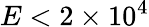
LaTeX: E<2\times 10^{4}